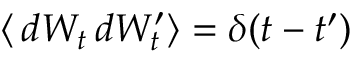
\langle \, d W _ { t } \, d W _ { t } ^ { \prime } \rangle = \delta ( t - t ^ { \prime } )